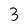
Character: 3